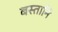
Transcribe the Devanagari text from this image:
बस्तानि